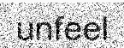
unfeel